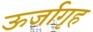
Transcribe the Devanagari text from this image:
ऊर्जागृह